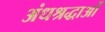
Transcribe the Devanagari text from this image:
अंधश्रद्धाओं